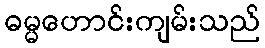
ဓမ္မဟောင်းကျမ်းသည်